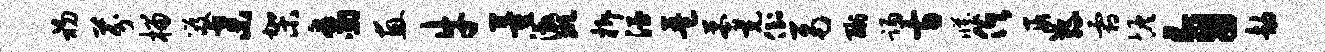
初芬榴笈弃架象惠牛董激斑拆酒琶莽充倒鬲酬踢方臧俱遐缘霜恢自劫